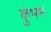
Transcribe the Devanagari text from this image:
कुंभम